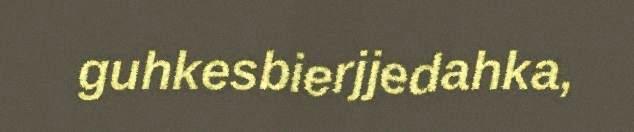
guhkesbierjjedahka,